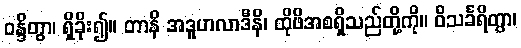
ဝန္ဒိတွာ၊ ရှိခိုး၍။ တာနိ အဒူဟလာဒီနိ၊ ထိုဖိအစရှိသည်တို့ကို။ ဝိသင်္ခရိတွာ၊